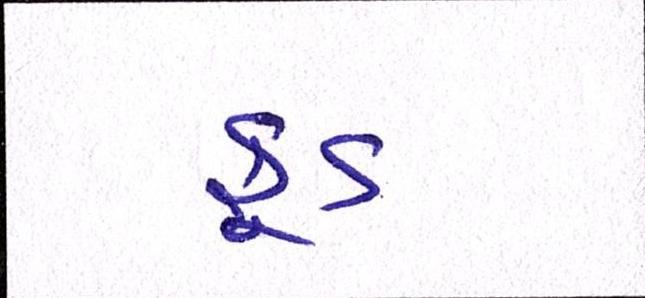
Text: ફૂડ